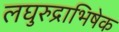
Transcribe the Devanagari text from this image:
लघुरुद्राभिषेक